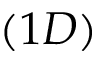
( 1 D )